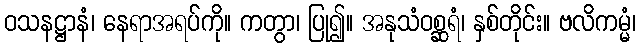
ဝသနဋ္ဌာနံ၊ နေရာအရပ်ကို။ ကတွာ၊ ပြု၍။ အနုသံဝစ္ဆရံ၊ နှစ်တိုင်း။ ဗလိကမ္မံ၊